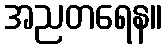
အညတရေန။